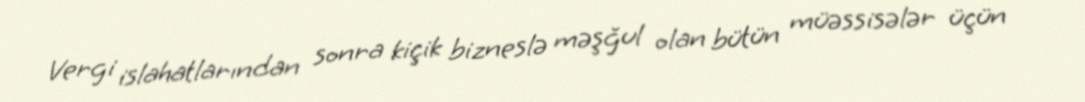
Vergi islahatlarından sonra kiçik bizneslə məşğul olan bütün müəssisələr üçün